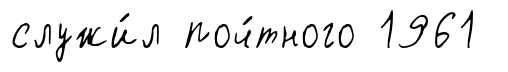
служи́л поч́тного 1961